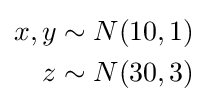
{\begin{aligned}x,y&\sim N(10,1)\\z&\sim N(30,3)\\\end{aligned}}